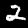
Label: 2